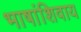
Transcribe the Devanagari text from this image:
भाषांशिवाय